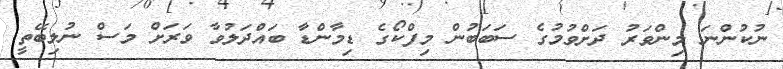
ނުކުންނަ މިންވަރު ދަށްވުމުގެ ސަބަބުން މިފްކޯގެ ޑިމާންޑާ ބައްދަލުވާ ވަރަށް މަސް ނުލިބޭތީ